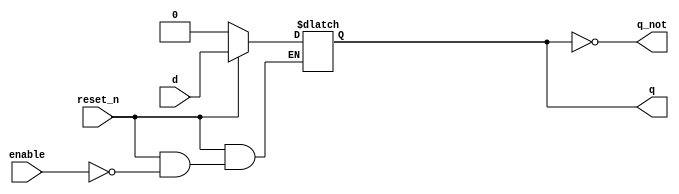

module d_latch_rstn(
    input d,
	input enable,
	input reset_n,
	output q,
    output q_not
    );
	
	reg dlatch;
	
	// The D-Lach is level sensitive
	always @(enable or d or reset_n) begin
	    if (!reset_n)
		    dlatch = 1'b0;
	    else if(enable)
		    dlatch = d;  // use blocking operator
	end
	
	assign q = dlatch;
	assign q_not = ~q;
	
endmodule


`timescale 1us/1ns

module tb_d_latch_rstn();
	
	// Testbench variables
    reg d;
	reg enable;
	reg reset_n;
	wire q;
    wire q_not;
    
	// Instantiate the DUT
	d_latch_rstn DL0(
        .d(d),
	    .enable(enable),
		.reset_n(reset_n),
	    .q(q),
        .q_not(q_not)
	);
	
    // Create stimulus	  
    initial begin
	    $monitor ($time, " enable = %b, d = %b, q = %b, q_not = %b",
		                 enable, d, q, q_not);
        enable = 0; reset_n = 0;
		#2  ; d = 0;
	    #0.5; d = 1;
		#1  ; d = 0;
		#1  ; d = 1;
		#1.5; enable = 1;
		#0.1; d = 1; 
		#0.2; d = 0; reset_n = 1;
		#0.3; d = 1;
		#1  ; enable = 0; d = 0;
		#1  ; d = 1; reset_n = 0;
		#2  ; d = 0;
	end
	
    // This will stop the simulator when the time expires
    initial begin
        #40 $finish;
    end
  
endmodule